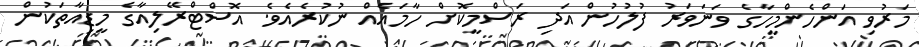
މަރުވި އަންހެންމީހާގެ ވަނަވަރު ފުލުހުން އަދި ރަސްމީކޮށް ހާމައެއް ނުކުރެއެވެ. އޮސްޓްރޭލިއާގެ މީޑިއާތަކުން